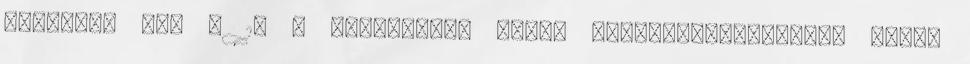
rendelet 40. § 13 A megkezdett aktív fekvőbeteg-ellátás másik